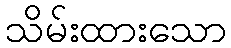
သိမ်းထားသော